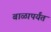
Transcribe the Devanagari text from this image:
बाळापर्यंत